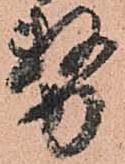
務